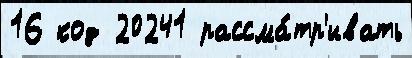
16 код 20241 рассма́тр'ивать